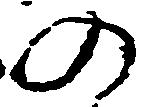
の